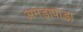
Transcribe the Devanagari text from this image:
अमड़ापाड़ा